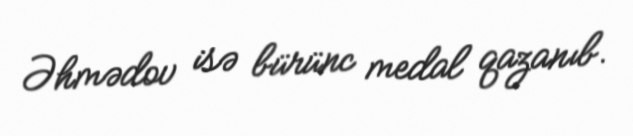
Əhmədov isə bürünc medal qazanıb.